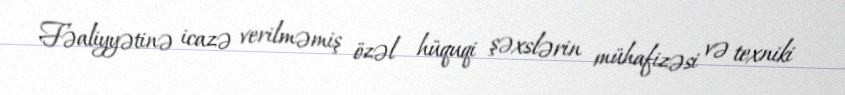
Fəaliyyətinə icazə verilməmiş özəl hüquqi şəxslərin mühafizəsi və texniki